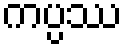
ကပ္ပဿ